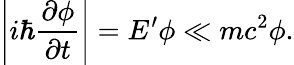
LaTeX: \left|i\hbar{\frac{\partial\phi}{\partial t}}\right|=E^{\prime}\phi\ll mc^{2}\phi.